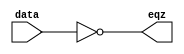
module EQZ (eqz,data);
input [15:0] data;
output eqz;

assign eqz = (data == 0); // eqz is assigned '1' , if data is equal to '0' //

endmodule